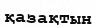
қазақтын